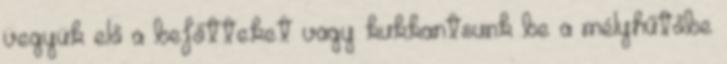
vegyük elő a befőtteket vagy kukkantsunk be a mélyhűtőbe